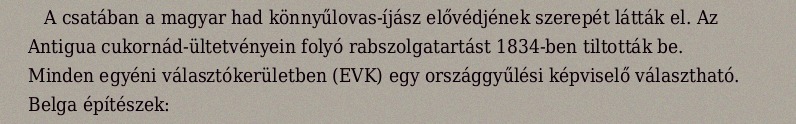
A csatában a magyar had könnyűlovas-íjász elővédjének szerepét látták el. Az Antigua cukornád-ültetvényein folyó rabszolgatartást 1834-ben tiltották be. Minden egyéni választókerületben (EVK) egy országgyűlési képviselő választható. Belga építészek: